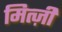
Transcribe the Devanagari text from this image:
मित्ज़ी